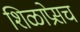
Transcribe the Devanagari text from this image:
शिळाप्रेसच